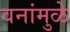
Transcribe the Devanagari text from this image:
वनांमुळे